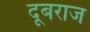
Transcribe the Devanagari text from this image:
दूबराज